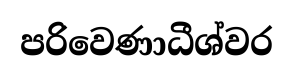
පරිවෙණාධීශ්වර